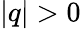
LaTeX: |q|>0